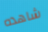
شاهده